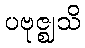
ပဗုဇ္ဈသိ